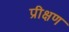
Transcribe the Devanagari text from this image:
प्रीक्षण